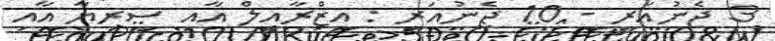
3 ޖެނުއަރީ - 10 ޖެނުއަރީ : އިޒްރާއީލް އާއި ސީރިޔާ އާއި